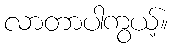
လာတာပါကွယ့်။